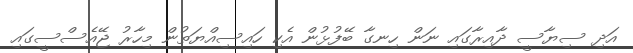
އަދި ސިޔާސީ ދާއިރާގައި ނަން ހިނގާ ބޭފުޅުން އެކި ހައިސިއްޔަތުން މިހާރު ޖޭއެސްސީގައި